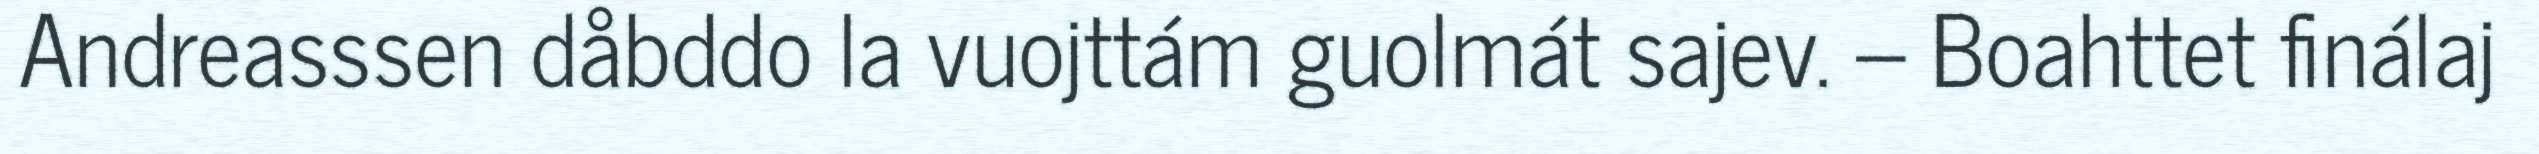
Andreasssen dåbddo la vuojttám guolmát sajev. – Boahttet finálaj